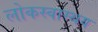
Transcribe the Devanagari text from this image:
लोकस्वास्थय